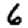
Digit: 6